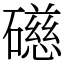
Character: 礠